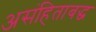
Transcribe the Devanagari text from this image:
असंहिताबद्ध